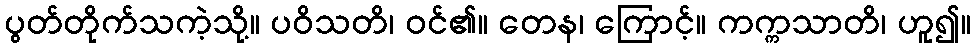
ပွတ်တိုက်သကဲ့သို့။ ပဝိသတိ၊ ဝင်၏။ တေန၊ ကြောင့်။ ကက္ကသာတိ၊ ဟူ၍။